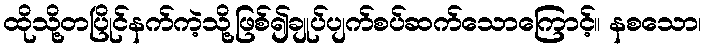
ထိုသို့တပြိုင်နက်ကဲ့သို့ဖြစ်၍ချုပ်ပျက်စပ်ဆက်သောကြောင့်။ နစသော၊